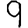
Digit: 9